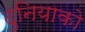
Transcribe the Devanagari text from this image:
दुनियाको